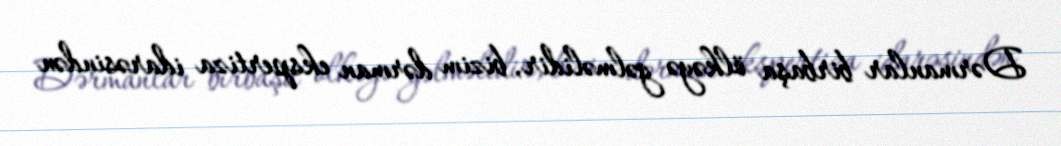
Dərmanlar birbaşa ölkəyə gəlməlidir, bizim dərman ekspertiza idarəsindən